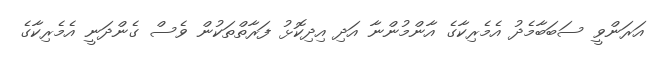
އަރަންވީ ސަބަބާމެދު އެމެރިކާގެ އާންމުންނާ އަދި އިދިކޮޅު ފަރާތްތަކުން ވެސް ގެންދަނީ އެމެރިކާގެ